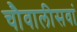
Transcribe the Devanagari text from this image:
चौवालीसवां